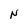
Character: N